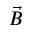
\vec { B }